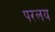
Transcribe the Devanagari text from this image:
परलय